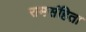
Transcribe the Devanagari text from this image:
रामसंहिता